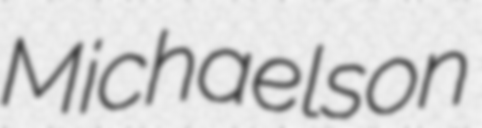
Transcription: Michaelson